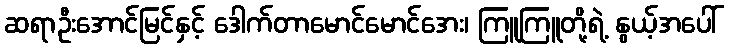
ဆရာဦးအောင်မြင်နှင့် ဒေါက်တာမောင်မောင်အေး၊ ကြူကြူတို့ရဲ့ နွယ့်အပေါ်